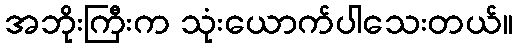
အဘိုးကြီးက သုံးယောက်ပါသေးတယ်။